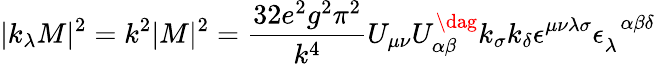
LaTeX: |k_{\lambda}M|^{2}=k^{2}|M|^{2}=\frac{32e^{2}g^{2}\pi^{2}}{k^{4}}U_{\mu\nu}U_{\alpha\beta}^{\dag}k_{\sigma}k_{\delta}\epsilon^{\mu\nu\lambda\sigma}\epsilon_{\lambda}^{\; \; \alpha\beta\delta}